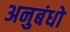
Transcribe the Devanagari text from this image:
अनुबंधो